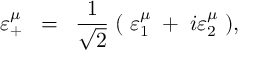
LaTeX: \varepsilon _ { + } ^ { \mu } \; \; = \; \; \frac { 1 } { \sqrt { 2 } } \; ( \; \varepsilon _ { 1 } ^ { \mu } \; + \; i \varepsilon _ { 2 } ^ { \mu } \; ) ,